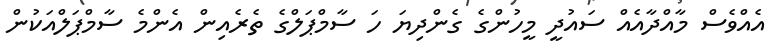
އެއްވެސް މާއްދާއެއް ސައުދީ މީހުންގެ ގެންދިޔަ ހަ ސާމްޕަލްގެ ތެރެއިން އެންމެ ސާމްޕަލްއަކުން